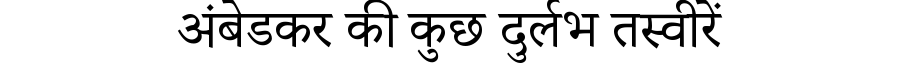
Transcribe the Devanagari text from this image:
अंबेडकर की कुछ दुर्लभ तस्वीरें